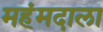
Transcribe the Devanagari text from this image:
महंमदाला